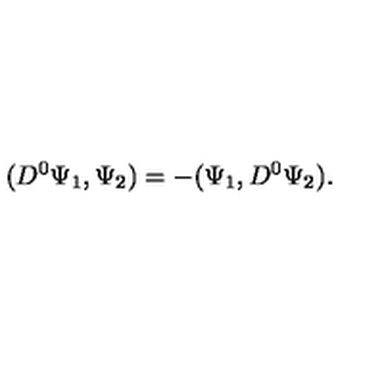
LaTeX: ( D ^ { 0 } \Psi _ { 1 } , \Psi _ { 2 } ) = - ( \Psi _ { 1 } , D ^ { 0 } \Psi _ { 2 } ) .